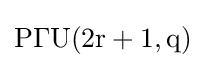
\mathrm {P\Gamma U(2r+1,q)}